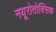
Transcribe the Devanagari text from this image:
नयूरोतोक्सिक